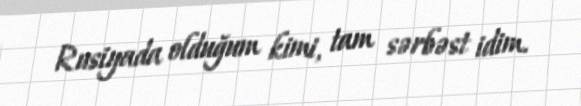
Rusiyada olduğum kimi, tam sərbəst idim.